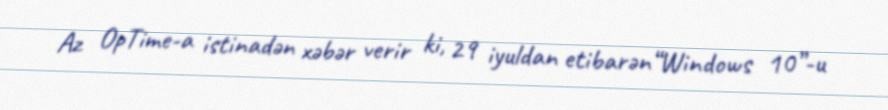
Az OpTime-a istinadən xəbər verir ki, 29 iyuldan etibarən“Windows 10”-u